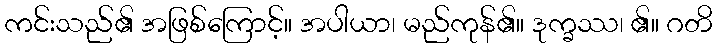
ကင်းသည်၏ အဖြစ်ကြောင့်။ အပါယာ၊ မည်ကုန်၏။ ဒုက္ခဿ၊ ၏။ ဂတိ